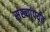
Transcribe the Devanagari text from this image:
संख्यांपर्यंत